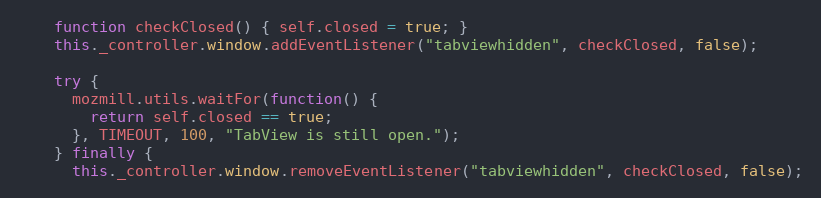
Language: JavaScript
    function checkClosed() { self.closed = true; }
    this._controller.window.addEventListener("tabviewhidden", checkClosed, false);

    try {
      mozmill.utils.waitFor(function() {
        return self.closed == true;
      }, TIMEOUT, 100, "TabView is still open.");
    } finally {
      this._controller.window.removeEventListener("tabviewhidden", checkClosed, false);